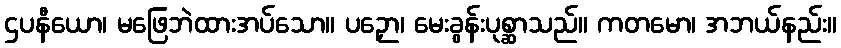
ဌပနီယော၊ မဖြေဘဲထားအပ်သော။ ပဉှော၊ မေးခွန်းပုစ္ဆာသည်။ ကတမော၊ အဘယ်နည်း။